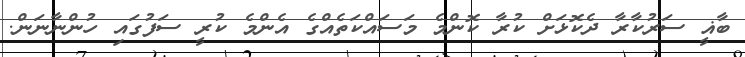
ބާޣީ ސަރުކާރާ ދެކޮޅަށް ކުރާ ކޮންމެ މަސައްކަތެއްގެ އެންމެ ކުރީ ސަފުގައި ހުންނާނަން.